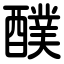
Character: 醭